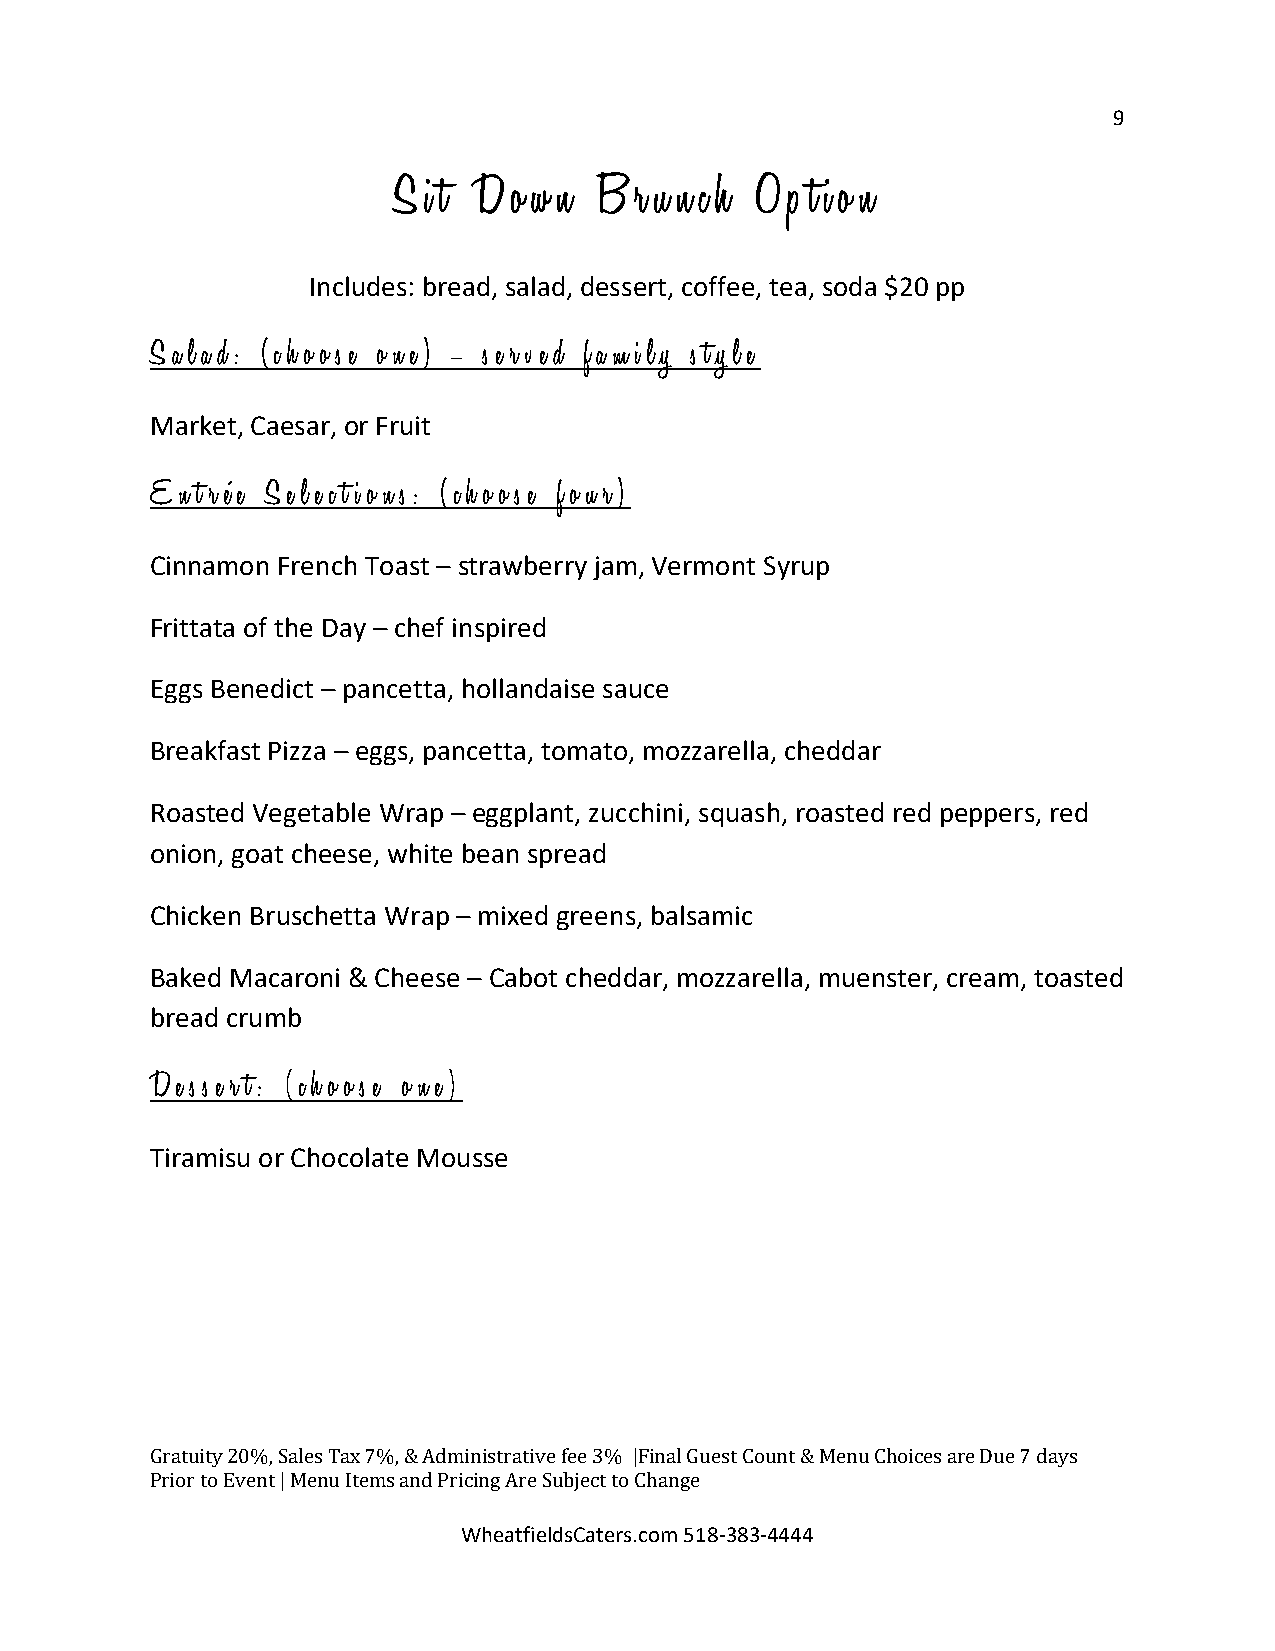
9
 S i t D o w n B r u n c h O p t i o n
 Includes: bread, salad, dessert, coffee, tea, soda $20 pp
 S a l a d : ( c h o o s e o n e ) – s e r v e d f a m i l y s t y l e
 Market, Caesar, or Fruit
 E n t r é e S e l e c t i o n s : ( c h o o s e f o u r )
 Cinnamon French Toast – strawberry jam, Vermont Syrup
 Frittata of the Day – chef inspired
 Eggs Benedict – pancetta, hollandaise sauce
 Breakfast Pizza – eggs, pancetta, tomato, mozzarella, cheddar
 Roasted Vegetable Wrap – eggplant, zucchini, squash, roasted red peppers, red
 onion, goat cheese, white bean spread
 Chicken Bruschetta Wrap – mixed greens, balsamic
 Baked Macaroni & Cheese – Cabot cheddar, mozzarella, muenster, cream, toasted
 bread crumb
 D e s s e r t : ( c h o o s e o n e )
 Tiramisu or Chocolate Mousse
 G ratuity 20%, Sales Tax 7%, & Administrative fee 3% |Final Guest Count & Menu Choices are Due 7 days
 Prior to Event | Menu Items and Pri Wcin hg
 e
 aA tr fe
 ie
 S ldub sCje ac tt
 e
 t ro
 s
 .C ch oa mn g 5e
 1 8 -383-4444